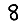
Digit: 8